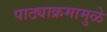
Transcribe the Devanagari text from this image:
पाठ्याक्रमामुळे